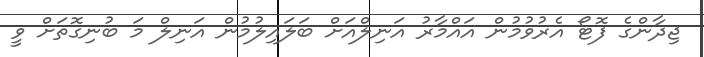
ޖިދާންގެ ފޮޓޯ އެރުވުމުން އައްމާރު އަނިލްއަށް ބަލައިލުމުން އަނިލް މަ ބުނިގޮތަށް ވީ